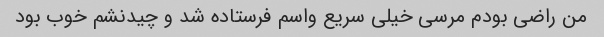
من راضی بودم مرسی خیلی سریع واسم فرستاده شد و چیدنشم خوب بود